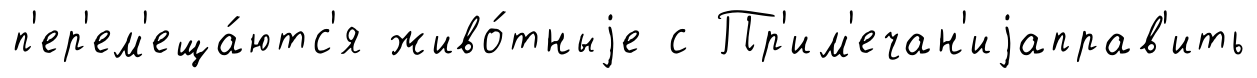
п'ер'ем'еща́ютс'я живо́тныjе с Пр'им'ечан'иjаправ'ить